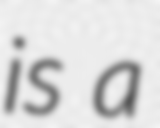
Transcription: is a